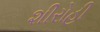
શીરોહી